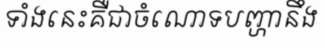
ទាំងនេះគឺជាចំណោទបញ្ហានឹង